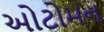
ઓટોમન